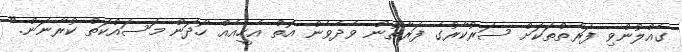
ގެއްލުންވި ފަރާތްތަކަށް ސަރުކާރުގެ ފަރާތުން ވެދެވެން އޮތް އެހީއެއް ހޯދަން މަސައްކަތް ކުރާނަން."